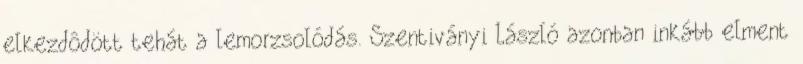
elkezdôdött tehát a lemorzsolódás. Szentiványi László azonban inkább elment